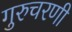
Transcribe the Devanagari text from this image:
गुरुचरणी